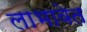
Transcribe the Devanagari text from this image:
लाभावेत